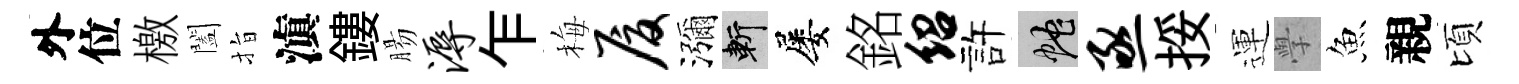
外位檄闔指滇鏤腸溽乍梅厦瀰斬屡銘绍許蛇亟挼運𭓕魚親頃